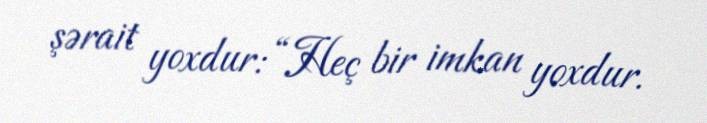
şərait yoxdur: “Heç bir imkan yoxdur.